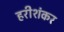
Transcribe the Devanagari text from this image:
हरीशंकर